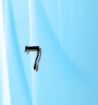
7